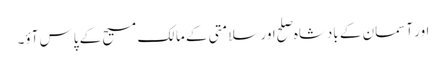
اور آسمان کے بادشاہ صَلح اور سلامتی کے مالک مسیح کے پاس آؤ۔